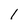
Character: 1